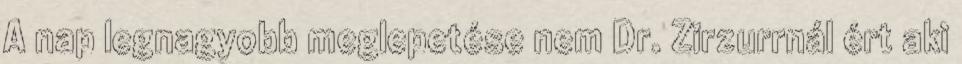
A nap legnagyobb meglepetése nem Dr. Zirzurrnál ért aki